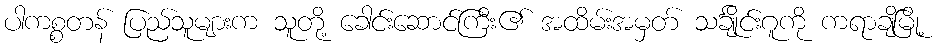
ပါကစ္စတန် ပြည်သူများက သူတို့ ခေါင်းဆောင်ကြီး၏ အထိမ်းအမှတ် သင်္ချိုင်းဂူကို ကရာချိမြို့